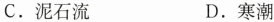
C. 泥石流 D. 寒潮